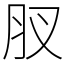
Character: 肞